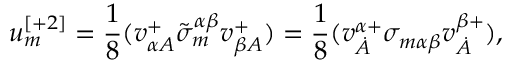
u _ { m } ^ { [ + 2 ] } = \frac 1 8 ( v _ { \alpha A } ^ { + } \tilde { \sigma } _ { m } ^ { \alpha \beta } v _ { \beta A } ^ { + } ) = \frac 1 8 ( v _ { \dot { A } } ^ { \alpha + } \sigma _ { m \alpha \beta } v _ { \dot { A } } ^ { \beta + } ) ,